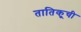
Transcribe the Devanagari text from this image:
तातिकूची